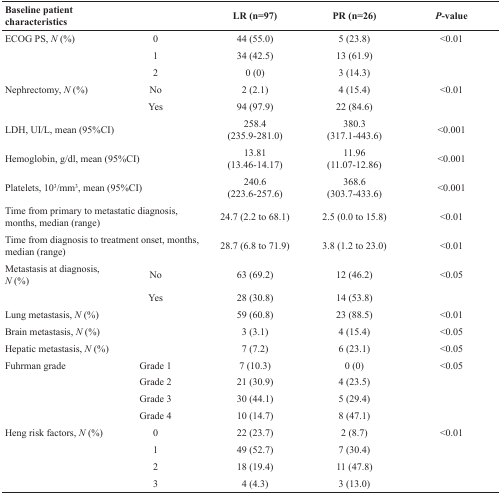
<table><thead><tr><td><b>Baseline patient characteristics</b></td><td></td><td><b>LR (n=97)</b></td><td><b>PR (n=26)</b></td><td><b><i>P</i>-value</b></td></tr></thead><tbody><tr><td rowspan="3">ECOG PS, <i>N</i> (%)</td><td>0</td><td>44 (55.0)</td><td>5 (23.8)</td><td>&lt;0.01</td></tr><tr><td>1</td><td>34 (42.5)</td><td>13 (61.9)</td><td></td></tr><tr><td>2</td><td>0 (0)</td><td>3 (14.3)</td><td></td></tr><tr><td rowspan="2">Nephrectomy, <i>N</i> (%)</td><td>No</td><td>2 (2.1)</td><td>4 (15.4)</td><td>&lt;0.01</td></tr><tr><td>Yes</td><td>94 (97.9)</td><td>22 (84.6)</td><td></td></tr><tr><td colspan="2">LDH, UI/L, mean (95%CI)</td><td>258.4(235.9-281.0)</td><td>380.3(317.1-443.6)</td><td>&lt;0.001</td></tr><tr><td colspan="2">Hemoglobin, g/dl, mean (95%CI)</td><td>13.81(13.46-14.17)</td><td>11.96(11.07-12.86)</td><td>&lt;0.001</td></tr><tr><td colspan="2">Platelets, 10<sup>3</sup>/mm<sup>3</sup>, mean (95%CI)</td><td>240.6(223.6-257.6)</td><td>368.6(303.7-433.6)</td><td>&lt;0.001</td></tr><tr><td colspan="2">Time from primary to metastatic diagnosis, months, median (range)</td><td>24.7 (2.2 to 68.1)</td><td>2.5 (0.0 to 15.8)</td><td>&lt;0.01</td></tr><tr><td colspan="2">Time from diagnosis to treatment onset, months, median (range)</td><td>28.7 (6.8 to 71.9)</td><td>3.8 (1.2 to 23.0)</td><td>&lt;0.01</td></tr><tr><td rowspan="2">Metastasis at diagnosis, <i>N</i> (%)</td><td>No</td><td>63 (69.2)</td><td>12 (46.2)</td><td>&lt;0.05</td></tr><tr><td>Yes</td><td>28 (30.8)</td><td>14 (53.8)</td><td></td></tr><tr><td colspan="2">Lung metastasis, <i>N</i> (%)</td><td>59 (60.8)</td><td>23 (88.5)</td><td>&lt;0.01</td></tr><tr><td colspan="2">Brain metastasis, <i>N</i> (%)</td><td>3 (3.1)</td><td>4 (15.4)</td><td>&lt;0.05</td></tr><tr><td colspan="2">Hepatic metastasis, <i>N</i> (%)</td><td>7 (7.2)</td><td>6 (23.1)</td><td>&lt;0.05</td></tr><tr><td rowspan="4">Fuhrman grade</td><td>Grade 1</td><td>7 (10.3)</td><td>0 (0)</td><td>&lt;0.05</td></tr><tr><td>Grade 2</td><td>21 (30.9)</td><td>4 (23.5)</td><td></td></tr><tr><td>Grade 3</td><td>30 (44.1)</td><td>5 (29.4)</td><td></td></tr><tr><td>Grade 4</td><td>10 (14.7)</td><td>8 (47.1)</td><td></td></tr><tr><td rowspan="4">Heng risk factors, <i>N</i> (%)</td><td>0</td><td>22 (23.7)</td><td>2 (8.7)</td><td>&lt;0.01</td></tr><tr><td>1</td><td>49 (52.7)</td><td>7 (30.4)</td><td></td></tr><tr><td>2</td><td>18 (19.4)</td><td>11 (47.8)</td><td></td></tr><tr><td>3</td><td>4 (4.3)</td><td>3 (13.0)</td><td></td></tr></tbody></table>